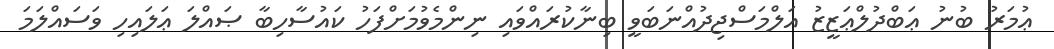
ޢުމަރު ބުނު ޢަބްދުލްޢަޒީޒު އަލްމަސްޖިދުއްނަބަވީ ބިނާކުރައްވައި ނިންމެވުމަށްފަހު ކައުސާހިބާ ޞައްލަ ޢަލައިހި ވަސައްލަމަ